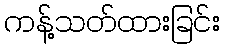
ကန့်သတ်ထားခြင်း